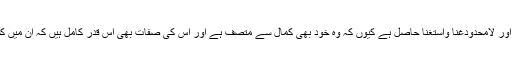
وہ غنی ہے، جسے ہر پہلو اور ہر اعتبار سے مکمل اور لامحدودغنا واستغنا حاصل ہے کیوں کہ وہ خود بھی کمال سے متصف ہے اور اس کی صفات بھی اس قدر کامل ہیں کہ ان میں کسی لحاظ سے کسی نقص کا تصور نہیں کیا جاسکتا ۔